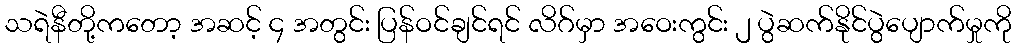
သရဲနီတို့ကတော့ အဆင့် ၄ အတွင်း ပြန်ဝင်ချင်ရင် လိဂ်မှာ အဝေးကွင်း ၂ ပွဲဆက်နိုင်ပွဲပျောက်မှုကို